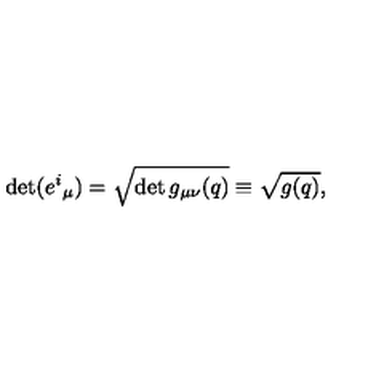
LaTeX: \det ( { e ^ { i } } _ { \mu } ) = \sqrt { \det g _ { \mu \nu } ( q ) } \equiv \sqrt { g ( q ) } ,